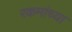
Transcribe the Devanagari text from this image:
रकमांच्या